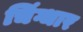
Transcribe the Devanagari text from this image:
चिंग्धार